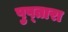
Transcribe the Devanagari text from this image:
पुष्तारा